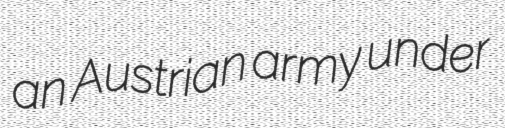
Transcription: an Austrian army under